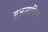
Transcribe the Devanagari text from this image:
ब्रजसाहित्य